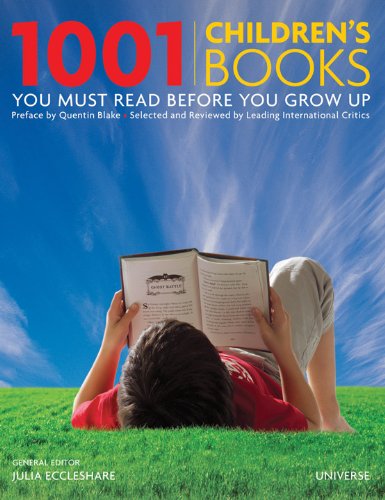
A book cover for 1001 Children's Books You Must Read Before You Grow Up; Julia Eccleshare; Literature & Fiction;